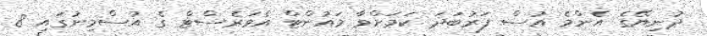
ދުނިޔޭގެ އެންމެ އުސް ފަރުބަދަ ކަމަށްވާ މައުންޓް އެވަރެސްޓް ގެ އުސްމިނުގައި 8